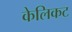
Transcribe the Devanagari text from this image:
केलिकट